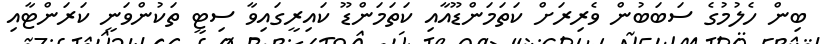
ބިން ހެލުމުގެ ސަބަބުން ވެރިރަށް ކަތަމަންޑޫއާއި ކަތަމަންޑޫ ކައިރީގައިވާ ސިޓީ ތަކުންވަނީ ކަރަންޓާއި